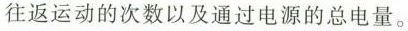
往返运动的次数以及通过电源的总电量。